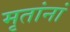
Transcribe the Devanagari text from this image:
मृतांनां